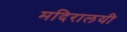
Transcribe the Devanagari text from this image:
मदिरालयी